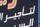
لتافيير